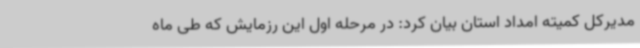
مدیرکل کمیته امداد استان بیان کرد: در مرحله اول این رزمایش که طی ماه